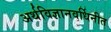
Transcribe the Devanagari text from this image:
अर्थविज्ञानवर्धिनीत